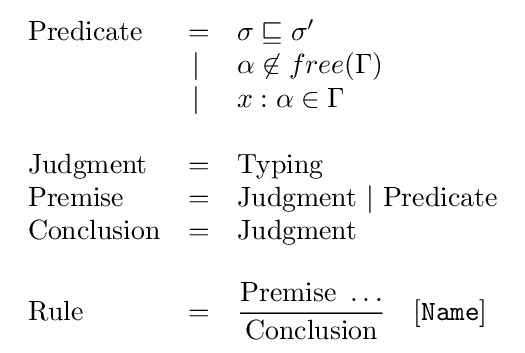
{\begin{array}{lrl}{\text{Predicate}}&=&\sigma \sqsubseteq \sigma '\\&\vert \ &\alpha \not \in free(\Gamma )\\&\vert \ &x:\alpha \in \Gamma \\\\{\text{Judgment}}&=&{\text{Typing}}\\{\text{Premise}}&=&{\text{Judgment}}\ \vert \ {\text{Predicate}}\\{\text{Conclusion}}&=&{\text{Judgment}}\\\\{\text{Rule}}&=&\displaystyle {\frac {{\textrm {Premise}}\ \dots }{\textrm {Conclusion}}}\quad [{\mathtt {Name}}]\end{array}}